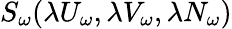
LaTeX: S_{\omega}(\lambda U_{\omega},\lambda V_{\omega},{\lambda N_{\omega}})